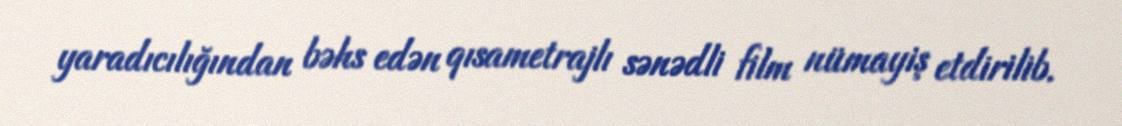
yaradıcılığından bəhs edən qısametrajlı sənədli film nümayiş etdirilib.